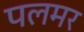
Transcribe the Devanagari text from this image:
पलमर